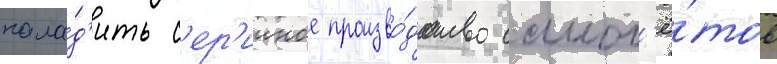
нала́д'ить с'ер'ииное произво́дство самол'ё́тов